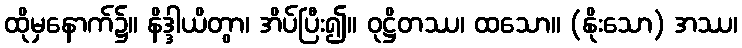
ထိုမှနောက်၌။ နိဒ္ဒါယိတွာ၊ အိပ်ပြီး၍။ ဝုဋ္ဌိတဿ၊ ထသော။ (နိုးသော) အဿ၊